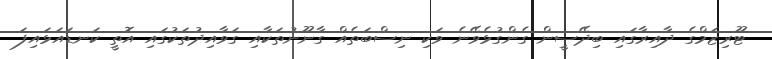
ޓޫރިޒަމްގެ ދާއިރާގައި ބިދޭސީން ގެންގުޅެވޭނެ ވަކި ނިސްބަތެއް ގާނޫނުތަކާއި ގަވާއިދުތަކުގައި އޮތީ ކަނޑައަޅައިފަ